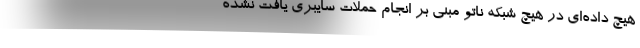
هیچ داده‌ای در هیچ شبکه ناتو مبنی بر انجام حملات سایبری یافت نشده